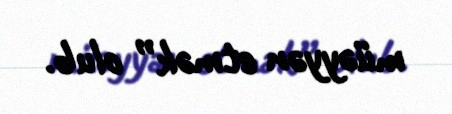
müəyyən etmək” olub.